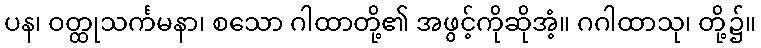
ပန၊ ဝတ္ထုသင်္ကမနာ၊ စသော ဂါထာတို့၏ အဖွင့်ကိုဆိုအံ့။ ဂဂါထာသု၊ တို့၌။